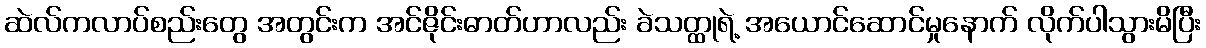
ဆဲလ်ကလာပ်စည်းတွေ အတွင်းက အင်ဇိုင်းဓာတ်ဟာလည်း ခဲသတ္ထုရဲ့ အယောင်ဆောင်မှုနောက် လိုက်ပါသွားမိပြီး